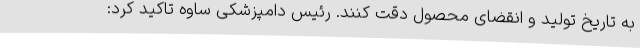
به تاریخ تولید و انقضای محصول دقت کنند. رئیس دامپزشکی ساوه تاکید کرد: